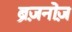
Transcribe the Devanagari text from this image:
ब्रेज़नोज़